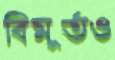
বিমূর্তও